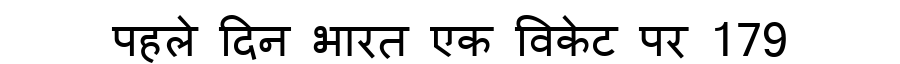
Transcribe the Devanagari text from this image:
पहले दिन भारत एक विकेट पर 179